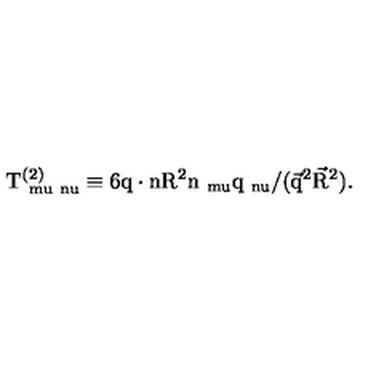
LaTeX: \mathrm { T _ { \ m u \ n u } ^ { ( 2 ) } \equiv 6 q \cdot n R ^ { 2 } n _ { \ m u } q _ { \ n u } / ( \vec { q } ^ { 2 } \vec { R } ^ { 2 } ) . }